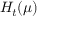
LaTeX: H _ { t } ( \mu )